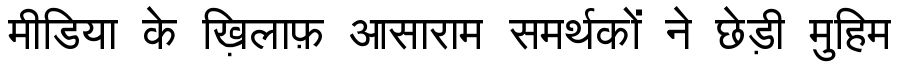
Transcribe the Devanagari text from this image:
मीडिया के ख़िलाफ़ आसाराम समर्थकों ने छेड़ी मुहिम